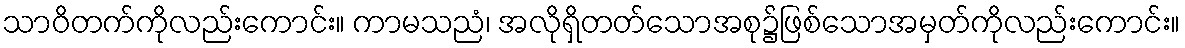
သာဝိတက်ကိုလည်းကောင်း။ ကာမသညံ၊ အလိုရှိတတ်သောအစု၌ဖြစ်သောအမှတ်ကိုလည်းကောင်း။